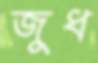
জুধ